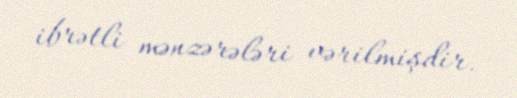
ibrətli mənzərələri vərilmişdir.